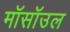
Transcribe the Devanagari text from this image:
मॉसॉउल